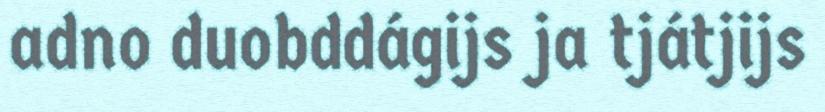
adno duobddágijs ja tjátjijs